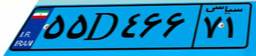
۵۵D۴۶۶۷۱